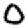
Digit: 0